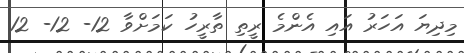
މިދިޔަ އަހަރު އައި އެންމެ ރީތި ތާރީހު ކަމަށްވާ 12- 12- 12